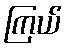
ကြယ်